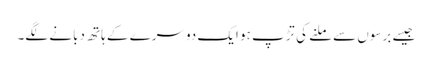
جیسے برسوں سے ملنے کی تڑپ ہو ایک دوسرے کے ہاتھ دبانے لگے۔